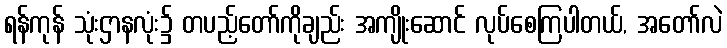
ရန်ကုန် သုံးဌာနလုံး၌ တပည့်တော်ကိုချည်း အကျိုးဆောင် လုပ်စေကြပါတယ်, အတော်လဲ